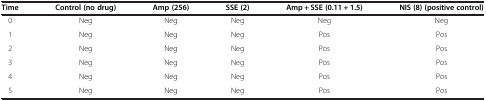
<table><thead><tr><td><b>Time</b></td><td><b>Control (no drug)</b></td><td><b>Amp (256)</b></td><td><b>SSE (2)</b></td><td><b>Amp + SSE (0.11 + 1.5)</b></td><td><b>NIS (8) (positive control)</b></td></tr></thead><tbody><tr><td>0</td><td>Neg</td><td>Neg</td><td>Neg</td><td>Neg</td><td>Neg</td></tr><tr><td>1</td><td>Neg</td><td>Neg</td><td>Neg</td><td>Pos</td><td>Pos</td></tr><tr><td>2</td><td>Neg</td><td>Neg</td><td>Neg</td><td>Pos</td><td>Pos</td></tr><tr><td>3</td><td>Neg</td><td>Neg</td><td>Neg</td><td>Pos</td><td>Pos</td></tr><tr><td>4</td><td>Neg</td><td>Neg</td><td>Neg</td><td>Pos</td><td>Pos</td></tr><tr><td>5</td><td>Neg</td><td>Neg</td><td>Neg</td><td>Pos</td><td>Pos</td></tr></tbody></table>